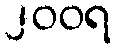
၂၀၀ရ